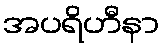
အပရိဟီနာ